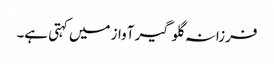
فرزانہ گلوگیر آواز میں کہتی ہے۔